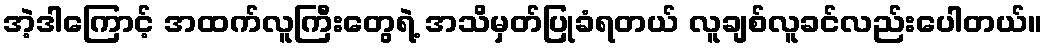
အဲ့ဒါကြောင့် အထက်လူကြီးတွေရဲ့ အသိမှတ်ပြုခံရတယ် လူချစ်လူခင်လည်းပေါတယ်။